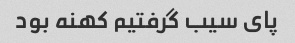
پای سیب گرفتیم کهنه بود